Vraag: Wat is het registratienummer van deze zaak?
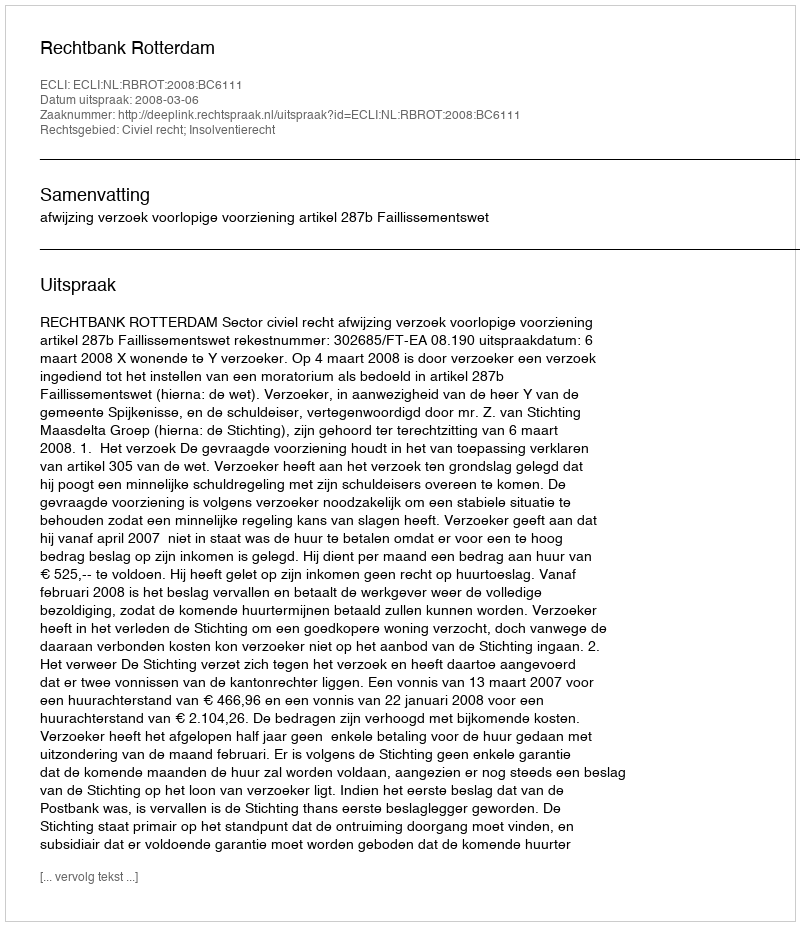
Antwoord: http://deeplink.rechtspraak.nl/uitspraak?id=ECLI:NL:RBROT:2008:BC6111